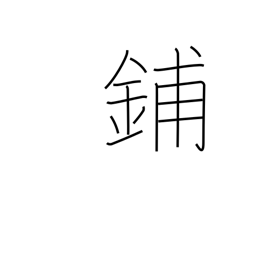
Meaning: store